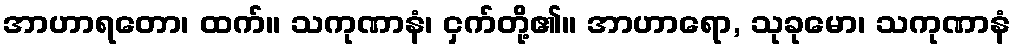
အာဟာရတော၊ ထက်။ သကုဏာနံ၊ ငှက်တို့၏။ အာဟာရော, သုခုမော၊ သကုဏာနံ